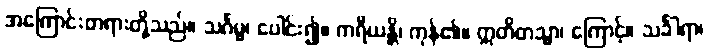
အကြောင်းတရားတို့သည်။ သင်္ဂမ္မ၊ ပေါင်း၍။ ကရီယန္တိ၊ ကုန်၏။ ဣတိတသ္မာ၊ ကြောင့်။ သင်္ခါရာ၊